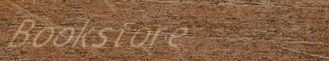
Bookstore